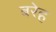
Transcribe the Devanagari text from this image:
बरेह